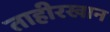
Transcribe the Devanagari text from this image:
ताहीरखान